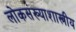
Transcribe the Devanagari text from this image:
लोकसंख्याशास्त्रीय